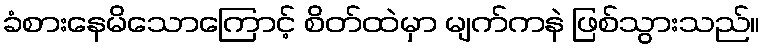
ခံစားနေမိသောကြောင့် စိတ်ထဲမှာ မျက်ကနဲ ဖြစ်သွားသည်။